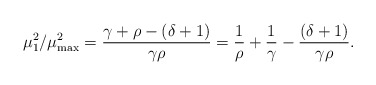
\begin{align*}\mu_1^2 / \mu_{\max}^2 = \frac{\gamma + \rho - (\delta +1)}{\gamma \rho} = \frac{1}{\rho} + \frac{1}{\gamma} - \frac{(\delta +1)}{\gamma \rho}.\end{align*}